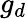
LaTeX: g_{d}